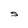
Character: S